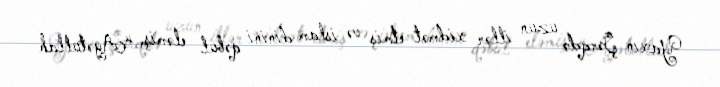
Yaxın Şərqdə uzun illər xidmət etmiş və islam dinini qəbul eləmiş, “Ayətullah